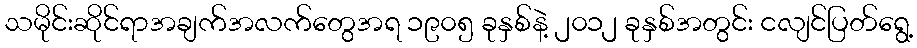
သမိုင်းဆိုင်ရာအချက်အလက်တွေအရ ၁၉၀၅ ခုနှစ်နဲ့ ၂၀၁၂ ခုနှစ်အတွင်း ငလျင်ပြတ်ရွေ့